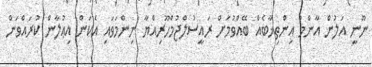
ނޫނީ އަލުން އާންމު އިންތިޚާބެއް ބޭއްވުމަށް ރައީސުލްޖުމްހޫރިއްޔާ ނިންމަވައި އެކަން އިޢުލާން ކުރައްވަން